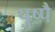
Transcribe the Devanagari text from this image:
पुष्पै